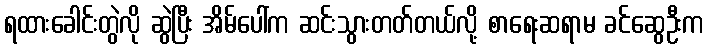
ရထားခေါင်းတွဲလို ဆွဲပြီး အိမ်ပေါ်က ဆင်းသွားတတ်တယ်လို့ စာရေးဆရာမ ခင်ဆွေဦးက